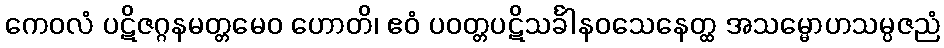
ကေဝလံ ပဋိဇဂ္ဂနမတ္တမေဝ ဟောတိ၊ ဧဝံ ပဝတ္တပဋိသင်္ခါနဝသေနေတ္ထ အသမ္မောဟသမ္ပဇညံ